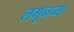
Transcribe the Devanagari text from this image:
लगूनच्या